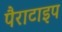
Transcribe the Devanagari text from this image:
पैराटाइप